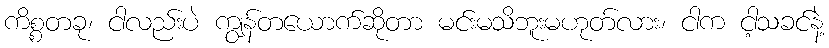
ကိစ္စတခု၊ ငါလည်းပဲ ကျွန်တယောက်ဆိုတာ မင်းမသိဘူးမဟုတ်လား၊ ငါက ငါ့သခင်နဲ့